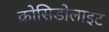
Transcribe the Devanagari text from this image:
क्रोसिडोलाइट